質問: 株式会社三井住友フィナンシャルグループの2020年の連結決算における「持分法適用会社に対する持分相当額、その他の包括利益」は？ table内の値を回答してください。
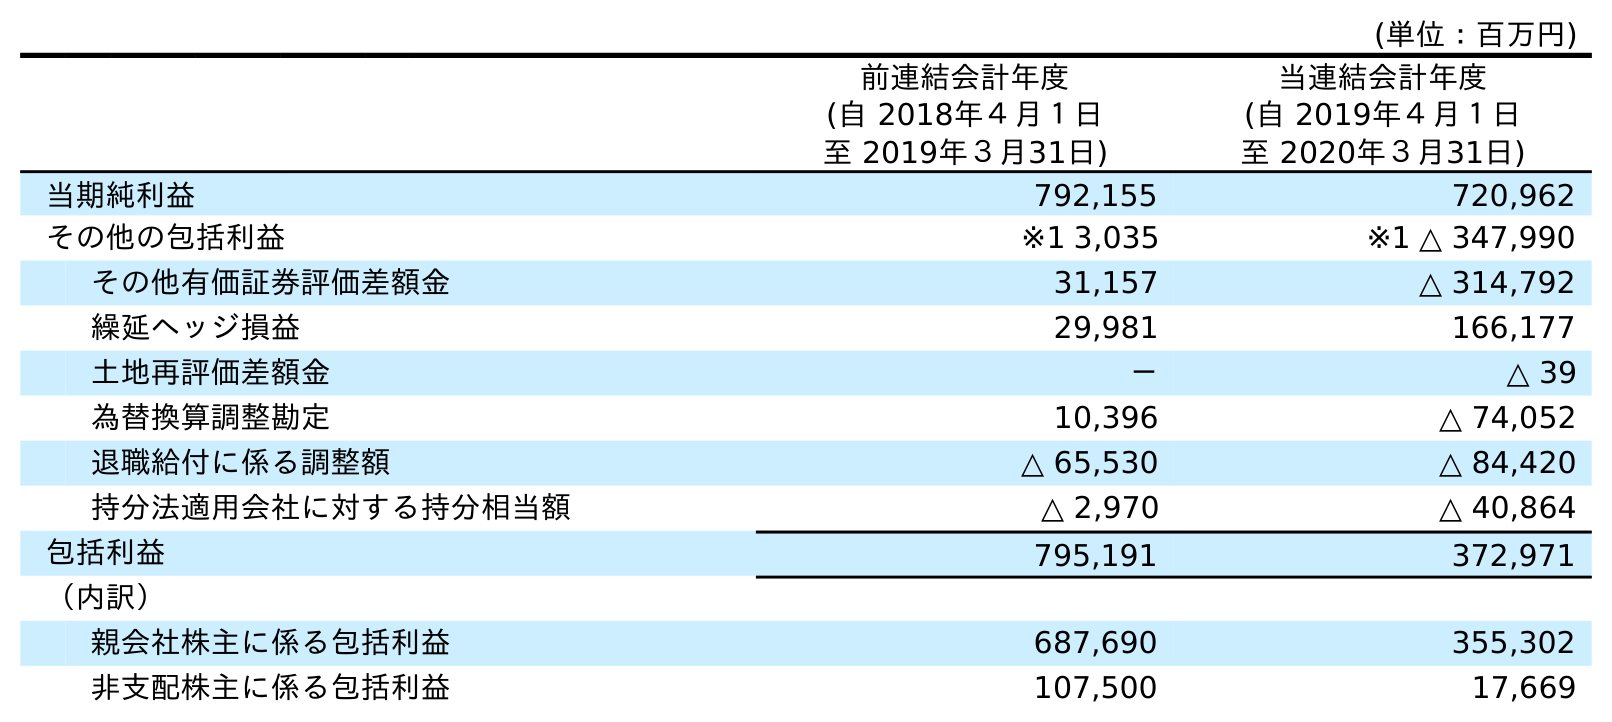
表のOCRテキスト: (単位：百万円) 前連結会計年度 (自 2018年４月１日 至 2019年３月31日) 当連結会計年度 (自 2019年４月１日 至 2020年３月31日) 当期純利益 792,155 720,962 その他の包括利益 ※1 3,035 ※1 △ 347,990 その他有価証券評価差額金 31,157 △ 314,792 繰延ヘッジ損益 29,981 166,177 土地再評価差額金 － △ 39 為替換算調整勘定 10,396 △ 74,052 退職給付に係る調整額 △ 65,530 △ 84,420 持分法適用会社に対する持分相当額 △ 2,970 △ 40,864 包括利益 795,191 372,971 （内訳） 親会社株主に係る包括利益 687,690 355,302 非支配株主に係る包括利益 107,500 17,669
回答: △40,864